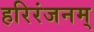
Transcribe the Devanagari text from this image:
हरिरंजनम्